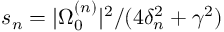
s _ { n } = | \Omega _ { 0 } ^ { ( n ) } | ^ { 2 } / ( 4 \delta _ { n } ^ { 2 } + \gamma ^ { 2 } )